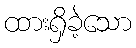
ထားရှိခဲ့သော